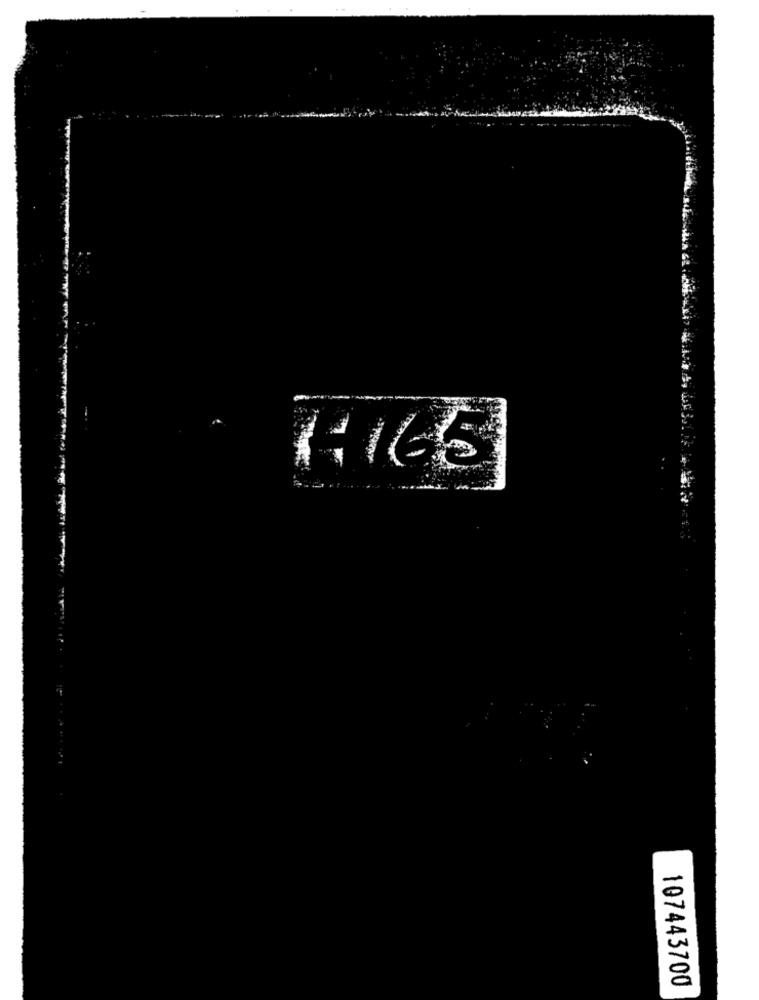
107443700